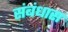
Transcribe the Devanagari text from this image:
संबंधास